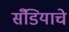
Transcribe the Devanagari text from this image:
सँडियाचे